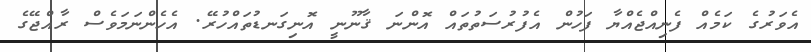
އެވަރުގެ ކަމެއް ފެނިއްޖެއްޔާ ފަހުން އެފުރުސަތުތައް އޮންނަ ޤާނޫނީ އޮނިގަނޑުތައްހުރޭ. އެހެންނަމަވެސް ރާއްޖޭގެ